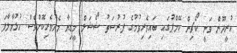
އުރީދޫން ވަނީ ކޯޗިން ކޭމްޕުގައި ބައިވެރިވުމުގެ ފުރުސަތު ޝޯޝަލް މީޑިޔާ މެދުވެރިކޮށްވެސް ހުޅުވާލާފަ